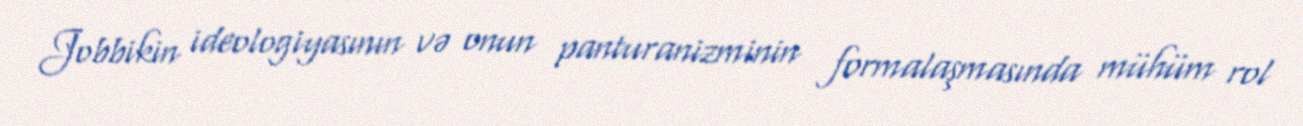
Jobbikin ideologiyasının və onun panturanizminin formalaşmasında mühüm rol